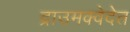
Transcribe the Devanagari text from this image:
द्राउमक्वेदेत